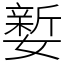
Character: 㜪